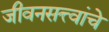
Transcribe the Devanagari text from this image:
जीवनसत्त्वांचे